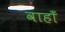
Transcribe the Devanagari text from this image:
वाहाँ